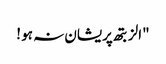
"الزبتھ پریشان نہ ہو !